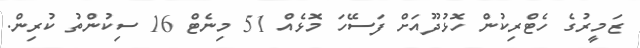
ޒަމީރުގެ ހެޓްރިކުން ހޮޅުދޫއަށް ފަސޭހަ މޮޅެއް 51 މިނެޓް 16 ސިކުންތު ކުރިން.